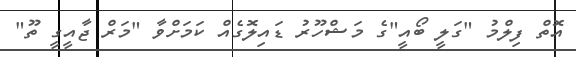
އޮތް ފިލްމު "ގަލީ ބޯއީ"ގެ މަޝްހޫރު ޑައިލޮގެއް ކަމަށްވާ "މަރް ޖާއީގީ ތޫ"